Annual report of the Madras Medical College
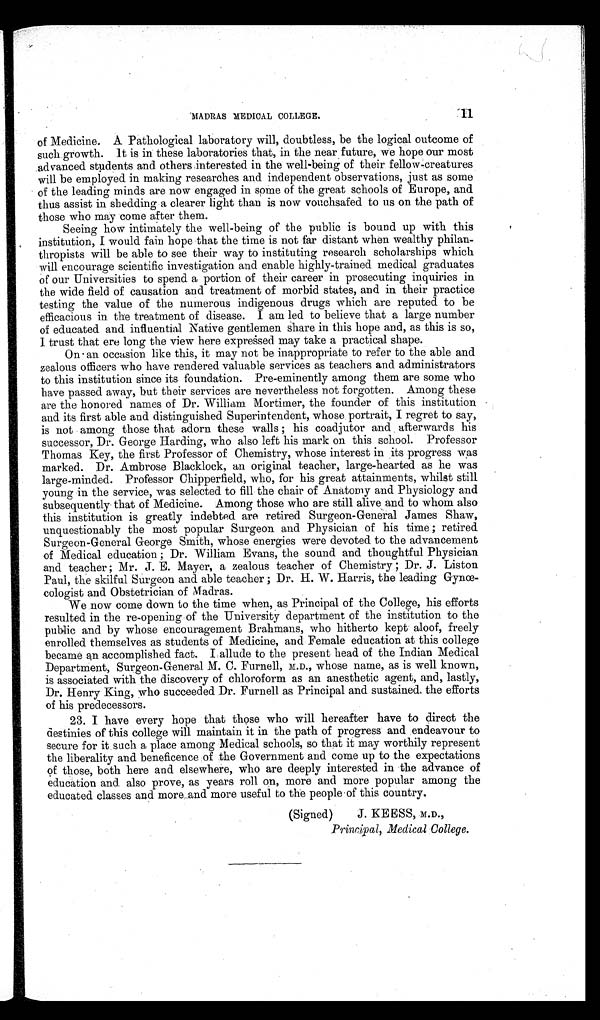
11
MADRAS MEDICAL COLLEGE.
of Medicine. A Pathological laboratory will, doubtless, be the logical outcome of
such growth. It is in these laboratories that, in the near future, we hope our most
advanced students and others interested in the well-being of their fellow-creatures
will be employed in making researches and independent observations, just as some
of the leading minds are now engaged in some of the great schools of Europe, and
thus assist in shedding a clearer light than is now vouchsafed to us on the path of
those who may come after them.
Seeing how intimately the well-being of the public is bound up with this
institution, I would fain hope that the time is not far distant when wealthy philan-
thropists will be able to see their way to instituting research scholarships which
will encourage scientific investigation and enable highly-trained medical graduates
of our Universities to spend a portion of their career in prosecuting inquiries in
the wide field of causation and treatment of morbid states, and in their practice
testing the value of the numerous indigenous drugs which are reputed to be
efficacious in the treatment of disease. I am led to believe that a large number
of educated and influential Native gentlemen share in this hope and, as this is so,
I trust that ere long the view here expre s sed may take a practical shape.
On an occasion like this, it may not be inappropriate to refer to the able and
zealous officers who have rendered valuable services as teachers and administrators
to this institution since its foundation. Pre-eminently among them are some who
have passed away, but their services are nevertheless not forgotten. Among these
are the honored names of Dr. William Mortimer, the founder of this institution
and its first able and distinguished Superintendent, whose portrait, I regret to say,
is not among those that adorn these walls; his coadjutor and afterwards his
successor, Dr. George Harding, who also left his mark on this school. Professor
Thomas Key, the first Professor of Chemistry, whose interest in its progress was
marked. Dr. Ambrose Blacklock, an original teacher, large-hearted as he was
large-minded. Professor Chipperfield, who, for his great attainments, whilst still
young in the service, was selected to fill the chair of Anatomy and Physiology and
subsequently that of Medicine. Among those who are still alive and to whom also
this institution is greatly indebted are retired Surgeon-General James Shaw,
unquestionably the most popular Surgeon and Physician of his time; retired
Surgeon-General George Smith, whose energies were devoted to the advancement
of Medical education; Dr. William Evans, the sound and thoughtful Physician
and teacher; Mr. J. E. Mayer, a zealous teacher of Chemistry Dr. J. Liston
Paul, the skilful Surgeon and able teacher; Dr. H. W. Harris, the leading Gynœ-
cologist and Obstetrician of Madras.
We now come down to the time when, as Principal of the College, his efforts
resulted in the re-opening of the University department of the institution to the
public and by whose encouragement Brahmans, who hitherto kept aloof, freely
enrolled themselves as students of Medicine, and Female education at this college
became an accomplished fact. I allude to the present head of the Indian Medical
Department, Surgeon-General M. C. Furnell, M.D., whose name, as is well known,
is associated with the discovery of chloroform as an anesthetic agent, and, lastly,
Dr. Henry King, who succeeded Dr. Furnell as Principal and sustained the efforts
of his predecessors.
23. I have every hope that those who will hereafter have to direct the
destinies of this college will maintain it in the path of progress and endeavour to
secure for it such a place among Medical schools, so that it may worthily represent
the liberality and beneficence of the Government and come up to the expectations
of those, both here and elsewhere, who are deeply interested in the advance of
education and also prove, as years roll on, more and more popular among the
educated classes and more and more useful to the people of this country.
(Signed) J. KEESS, M.D.,
Principal, Medical College.